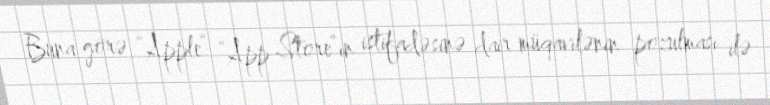
Buna görə “Apple” “App Store”ın istifadəsinə dair müqavilənin pozulması ilə